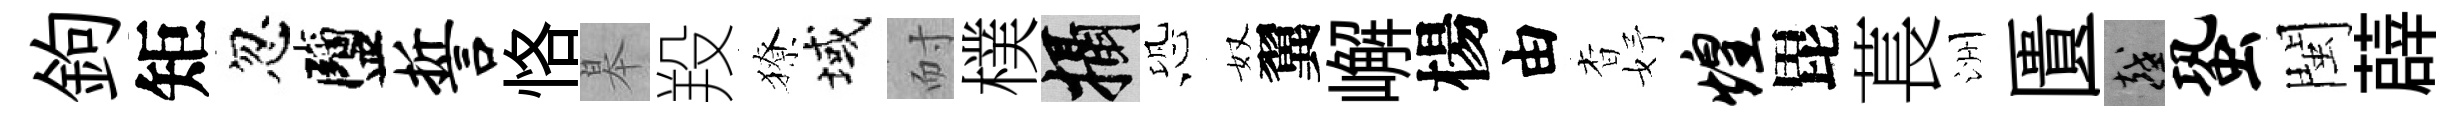
鉤矩忽鹽誓恪皋羖獠域耐樸攝恐奴翼嶰楊由杳妤煌毘萇洲匱越蛩閩薜